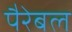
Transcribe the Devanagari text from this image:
पैरेबल